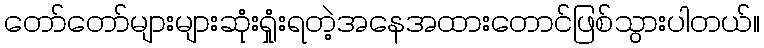
တော်တော်များများဆုံးရှုံးရတဲ့အနေအထားတောင်ဖြစ်သွားပါတယ်။